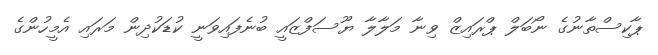
ޕާކިސްތާނުގެ ނޯބަލް ޕްރައިޒް ވިނާ މަލާލާ ޔޫސަފްޒައީ ބުނެފައިވަނީ ކުޑަކުދިން މަރައި އެމީހުންގެ